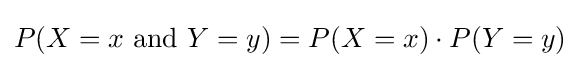
P(X=x\ {\mbox{and}}\ Y=y)=P(X=x)\cdot P(Y=y)